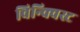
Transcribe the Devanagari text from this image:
विन्क्विस्ट